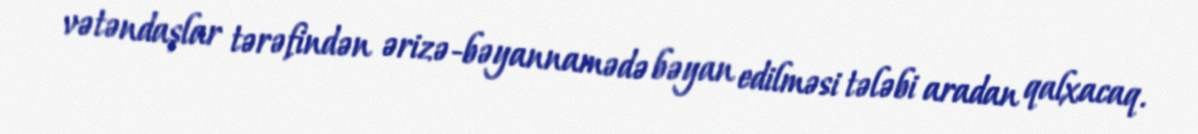
vətəndaşlar tərəfindən ərizə-bəyannamədə bəyan edilməsi tələbi aradan qalxacaq.